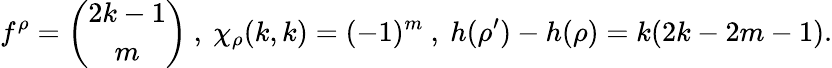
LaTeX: f^{\rho}={\binom{2k-1}{m}}\ ,\ \chi_{\rho}(k,k)=(-1)^{m}\ ,\ h(\rho^{\prime})-h(\rho)=k(2k-2m-1).